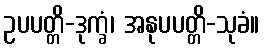
ဥပပတ္တိ-ဒုက္ခံ၊ အနုပပတ္တိ-သုခံ။